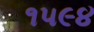
૧૫૯૪